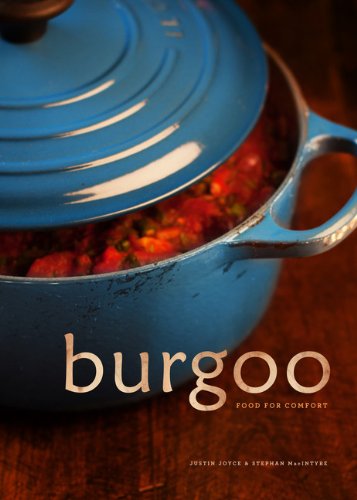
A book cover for Burgoo: Food for Comfort; Justin Joyce; Cookbooks, Food & Wine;